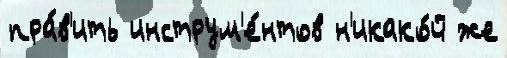
пра́в'ить инструм'е́нтов н'икако́й же